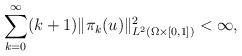
LaTeX: \begin{align*}\sum_{k=0}^{\infty} (k+1) \|\pi_k(u)\|^2_{L^2(\Omega \times [0,1])} < \infty,\end{align*}